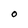
Character: O